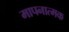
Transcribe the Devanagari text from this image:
मापनात्मक